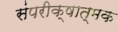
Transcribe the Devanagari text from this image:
संपरीक्षात्मक